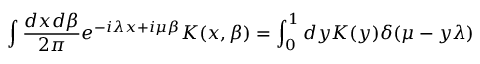
\int \frac { d x d \beta } { 2 \pi } e ^ { - i \lambda x + i \mu \beta } K ( x , \beta ) = \int _ { 0 } ^ { 1 } d y { \cal K } ( y ) \delta ( \mu - y \lambda )